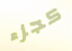
كجزء